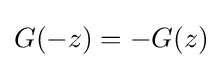
G(-z)=-G(z)